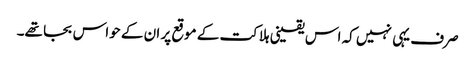
صرف یہی نہیں کہ اس یقینی ہلاکت کے موقع پر ان کے حواس بجا تھے۔